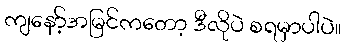
ကျနော့်အမြင်ကတော့ ဒီလိုပဲ စရမှာပါပဲ။